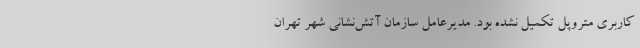
کاربری متروپل تکمیل نشده بود. مدیرعامل سازمان آتش‌نشانی شهر تهران